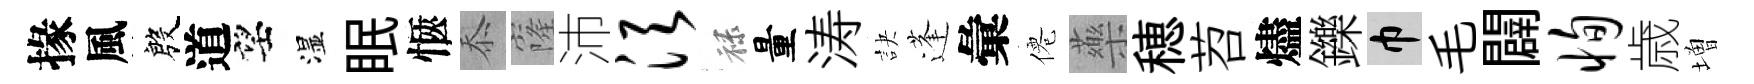
掾風殷道望湿眠愜忝窿沛须禄量涛訣蓬彙僊藥穂苕燼鑠巾毛闢恂歳増